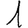
Digit: 1